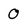
Character: O